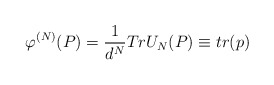
\begin{align*}\varphi ^{\left( N\right) }(P)=\frac{1}{d^{N}}TrU_{N}(P)\equiv tr(p)\end{align*}